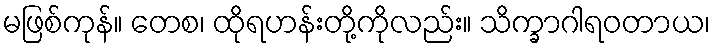
မဖြစ်ကုန်။ တေစ၊ ထိုရဟန်းတို့ကိုလည်း။ သိက္ခာဂါရဝတာယ၊